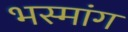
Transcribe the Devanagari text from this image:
भस्मांग